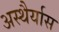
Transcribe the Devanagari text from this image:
अस्थैर्यास